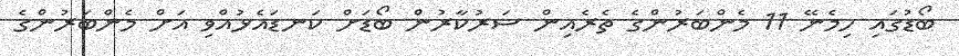
ބޯޑުގައި ހިމެނޭ 11 މެންބަރުންގެ ތެރެއިން ސަަރުކާރުން ބޯޑަށް ކަނޑައެޅުއްވި އަށް މެންބަރުންގެ